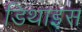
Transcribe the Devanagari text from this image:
डिथाइस